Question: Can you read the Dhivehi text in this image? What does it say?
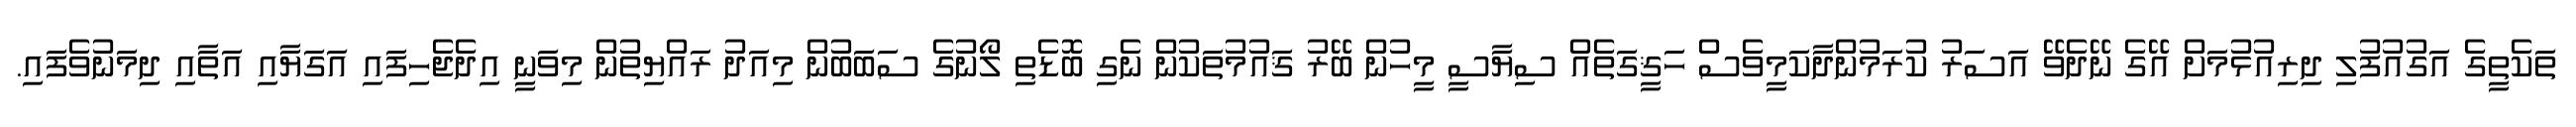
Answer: ތަކެތީގެ އަގުއުފުލި ދިރިއުޅުމަށް އޭގެ ނޭދެވޭ އަސަރު ކުރަމުންދާކަމީވެސް ހަޤީގަތެއް ސިޔާސީ މީހުން ބޭރު ޤައުމުތަކުން ނެގި ބޮޑެތި ލޯނުގެ ސަބަބުން މިއަދު ރައްޔިތުން މިވަނީ އިދެޖެހިފައި އަގަޔާއި އަތާއި ދިމަނުވެފައި.